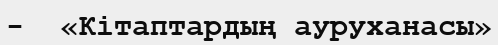
-  «Кітаптардың ауруханасы»